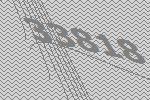
33818